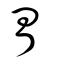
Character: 胃